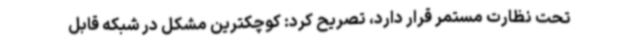
تحت نظارت مستمر قرار دارد، تصریح کرد: کوچکترین مشکل در شبکه قابل